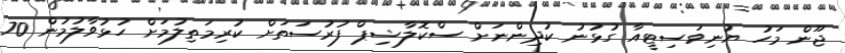
ޖޫން މަހު ޔުނިވަސިޓީއާ ގުޅުނު ކުދިންނަށް ސްކޮލާޝިޕް ފުރުސަތަށް ކުރިމަތިލުމަށް ހުޅުވާލުމުން 70